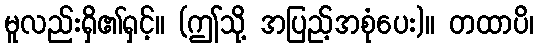
မူလည်းရှိ၏ရှင့်။ (ဤသို့ အပြည့်အစုံပေး)။ တထာပိ၊